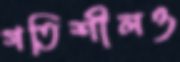
গতিশীলও